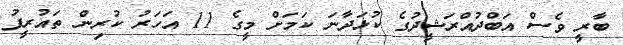
ބާރީ ވެސް އަބްދުއްރަޝީދުގެ ކުޅަދާނަ ކަމަށް މީގެ 11 އަހަރު ކުރިން ތައުރީފު